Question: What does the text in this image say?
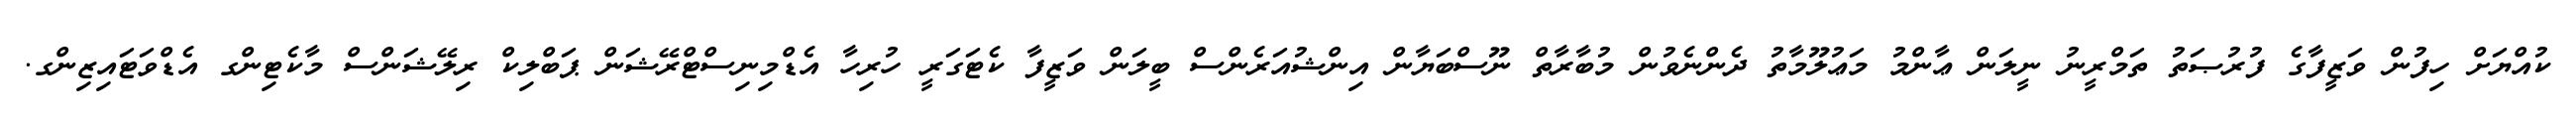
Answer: ކުއްޔަށް ހިފުން ވަޒީފާގެ ފުރުޞަތު ތަމްރީނު ނީލަން ޢާންމު މަޢުލޫމާތު ދެންނެވުން މުބާރާތް ނޫސްބަޔާން އިންޝުއަރެންސް ބީލަން ވަޒީފާ ކެޓަގަރީ ހުރިހާ އެޑްމިނިސްޓްރޭޝަން ޕަބްލިކް ރިލޭޝަންސް މާކެޓިންގ އެޑްވަޓައިޒިންގ.